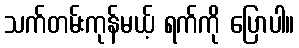
သက်တမ်းကုန်မယ့် ရက်ကို ပြောပါ။